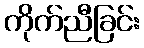
ကိုက်ညီခြင်း